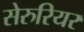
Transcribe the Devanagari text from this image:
सेरुरियर